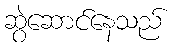
ဆွဲဆောင်နေသည်